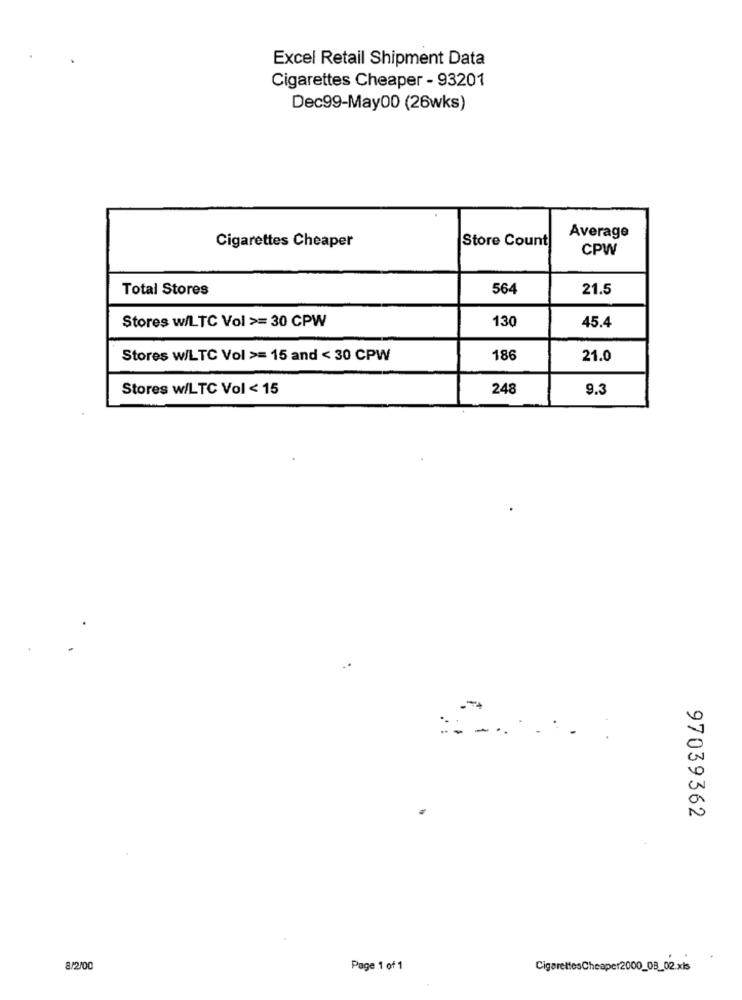
Excel Retail Shipment Data
Cigarettes Cheaper - 93201
Dec99-May00 (26wks)
Store Count
Average
Cigarettes Cheaper
CPW
Total Stores
564
21.5
Stores w/LTC Vol >= 30 CPW
130
45.4
Stores w/LTC Vol >= 15 and < 30 CPW
186
21.0
Stores w/LTC Vol < 15
248
9.3
97039362
.
8/2/00
Page 1 of 1
CigarettesCheaper2000_08_02.xls